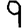
Digit: 9